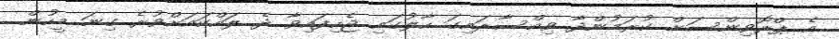
އެ ޕްރޮވިންސަށް ކުރަމުންދާ ވިއްސާރައިގަ ހާލުގައި ޖެހިފައިވާ ދެ ލައްކައަށްވުރެ ގިނަ މީހުން